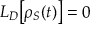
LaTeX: L _ { D } { \big [ } \rho _ { S } ( t ) { \big ] } = 0